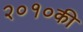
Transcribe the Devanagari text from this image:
२०१०की